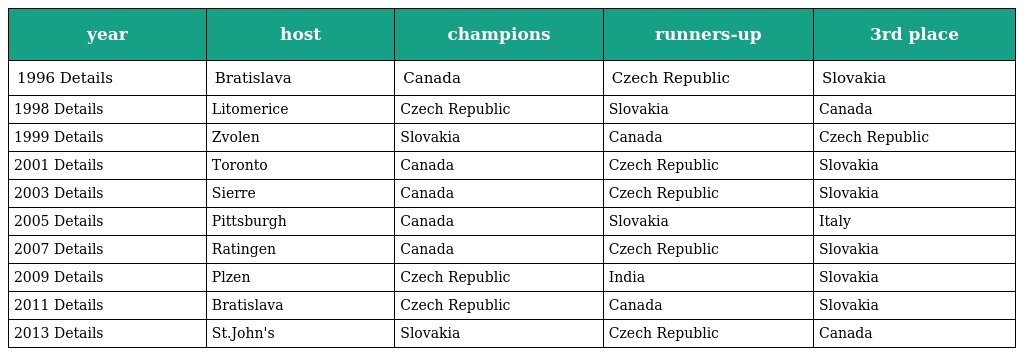
| year | host | champions | runners-up | 3rd place |
 | --- | --- | --- | --- | --- |
 | 1996 Details | Bratislava | Canada | Czech Republic | Slovakia |
 | 1998 Details | Litomerice | Czech Republic | Slovakia | Canada |
 | 1999 Details | Zvolen | Slovakia | Canada | Czech Republic |
 | 2001 Details | Toronto | Canada | Czech Republic | Slovakia |
 | 2003 Details | Sierre | Canada | Czech Republic | Slovakia |
 | 2005 Details | Pittsburgh | Canada | Slovakia | Italy |
 | 2007 Details | Ratingen | Canada | Czech Republic | Slovakia |
 | 2009 Details | Plzen | Czech Republic | India | Slovakia |
 | 2011 Details | Bratislava | Czech Republic | Canada | Slovakia |
 | 2013 Details | St.John's | Slovakia | Czech Republic | Canada |